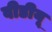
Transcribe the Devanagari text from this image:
वीडीयू